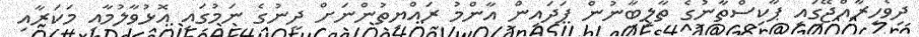
ދިވެހިރާއްޖޭގައި ޕާކިސްތާނުގެ ތާލިބާނުން ފަދައިން އާންމު ރައްޔިތުންނަށް ދީނުގެ ނަމުގައި އޮޅުވާލުމާއި މަކަރާއި